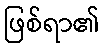
ဖြစ်ရာ၏